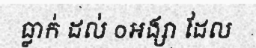
ធ្លាក់ ដល់ ០អង្សា ដែល